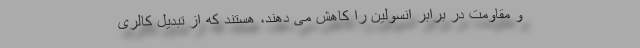
و مقاومت در برابر انسولین را کاهش می دهند، هستند که از تبدیل کالری